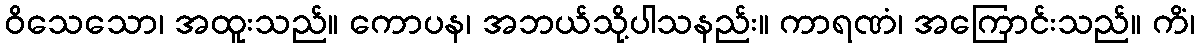
ဝိသေသော၊ အထူးသည်။ ကောပန၊ အဘယ်သို့ပါသနည်း။ ကာရဏံ၊ အကြောင်းသည်။ ကိံ၊